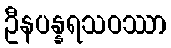
ဦနပန္နရသဝဿာ